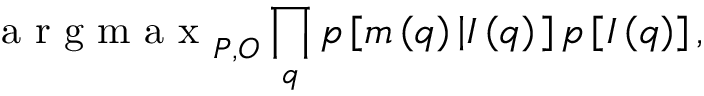
\textrm { a r g m a x } _ { P , O } \prod _ { \boldsymbol { q } } p \left[ m \left( \boldsymbol { q } \right) \left| I \left( \boldsymbol { q } \right) \right. \right] p \left[ I \left( \boldsymbol { q } \right) \right] ,